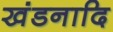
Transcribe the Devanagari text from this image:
खंडनादि